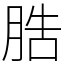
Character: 㬶